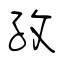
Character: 孜